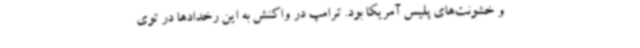
و خشونت‌های پلیس آمریکا بود. ترامپ در واکنش به این رخدادها در توی